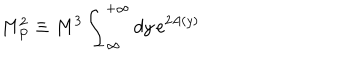
M _ { P } ^ { 2 } \equiv M ^ { 3 } \int _ { - \infty } ^ { + \infty } d y \, e ^ { 2 A ( y ) }